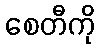
စေတီကို